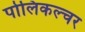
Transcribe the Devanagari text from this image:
पोलिकल्चर